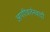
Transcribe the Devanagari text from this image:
अपरिवर्तनवादी